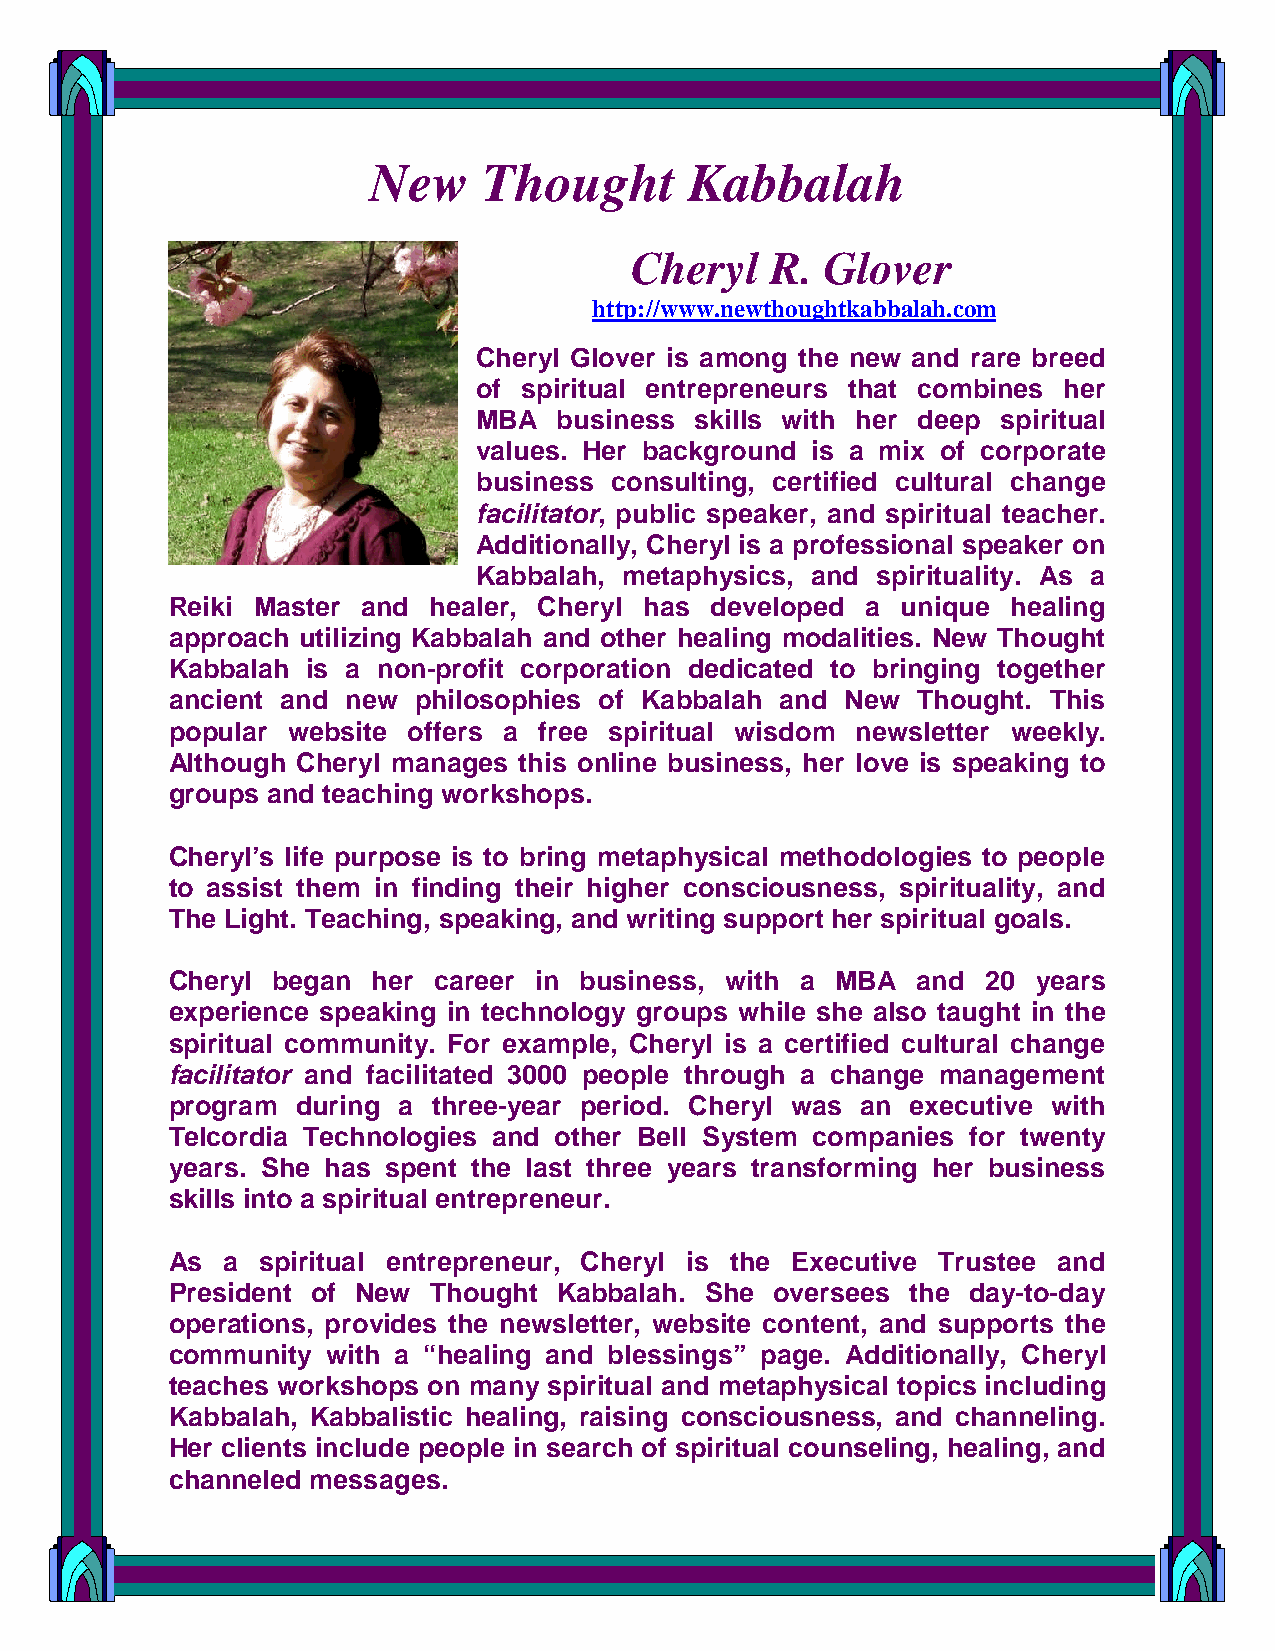
New     Thought       Kabbalah
 Cheryl   R.  Glover
 http://www.newthoughtkabbalah.com
 Cheryl Glover is among the new and rare breed
 of spiritual entrepreneurs that combines her
 MBA  business skills with her deep spiritual
 values. Her background is a mix of corporate
 business consulting, certified cultural change
 facilitator, public speaker, and spiritual teacher.
 Additionally, Cheryl is a professional speaker on
 Kabbalah, metaphysics, and spirituality. As a
 Reiki Master and  healer, Cheryl has developed a unique healing
 approach utilizing Kabbalah and other healing modalities. New Thought
 Kabbalah is a non-profit corporation dedicated to bringing together
 ancient and new philosophies of Kabbalah and New  Thought. This
 popular website offers a free spiritual wisdom newsletter weekly.
 Although Cheryl manages this online business, her love is speaking to
 groups and teaching workshops.
 Cheryl’s life purpose is to bring metaphysical methodologies to people
 to assist them in finding their higher consciousness, spirituality, and
 The Light. Teaching, speaking, and writing support her spiritual goals.
 Cheryl began  her career in business, with a MBA  and 20  years
 experience speaking in technology groups while she also taught in the
 spiritual community. For example, Cheryl is a certified cultural change
 facilitator and facilitated 3000 people through a change management
 program  during a three-year period. Cheryl was an executive with
 Telcordia Technologies and other Bell System companies for twenty
 years. She has spent the last three years transforming her business
 skills into a spiritual entrepreneur.
 As  a spiritual entrepreneur, Cheryl is the Executive Trustee and
 President of New Thought  Kabbalah. She oversees the day-to-day
 operations, provides the newsletter, website content, and supports the
 community  with a “healing and blessings” page. Additionally, Cheryl
 teaches workshops on many spiritual and metaphysical topics including
 Kabbalah, Kabbalistic healing, raising consciousness, and channeling.
 Her clients include people in search of spiritual counseling, healing, and
 channeled messages.